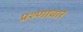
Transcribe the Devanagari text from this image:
प्रश्णावार